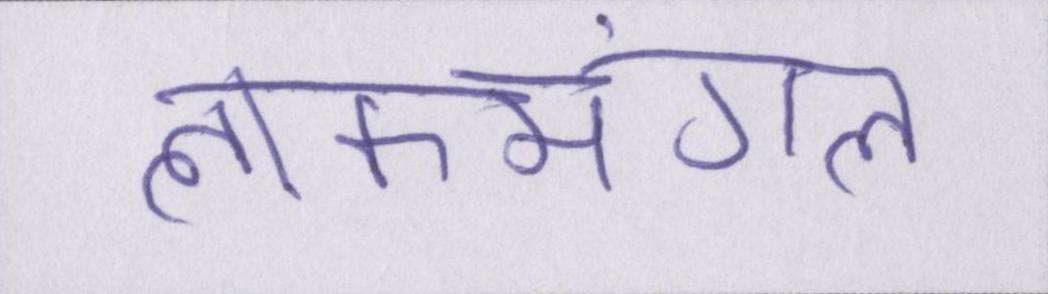
लोकमंगल